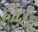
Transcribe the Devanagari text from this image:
निर्दोश